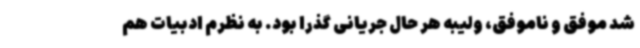
شد موفق و ناموفق، ولیبه هر حال جریانی گذرا بود. به نظرم ادبیات هم